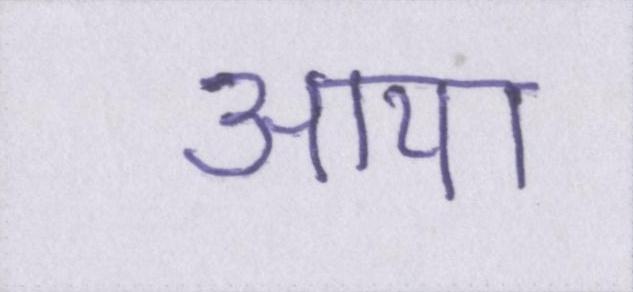
आया